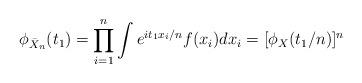
LaTeX: \begin{align*} \phi_{\bar X_n} (t_1) = \prod _{i=1}^n \int e^{i t_1 x_i / n} f(x_i) dx_i = [\phi_{X} (t_1 / n)] ^n\end{align*}